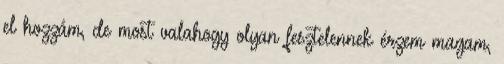
el hozzám, de most valahogy olyan fesztelennek érzem magam,